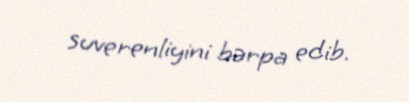
suverenliyini bərpa edib.